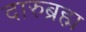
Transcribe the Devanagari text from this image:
दारुब्रह्म